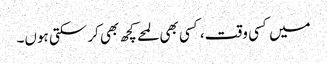
میں کسی وقت، کسی بھی لمحے کچھ بھی کر سکتی ہوں۔